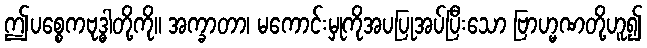
ဤပစ္စေကဗုဒ္ဓါတို့ကို။ အက္ခာတာ၊ မကောင်းမှုကိုအပပြုအပ်ပြီးသော ဗြာဟ္မဏတို့ဟူ၍